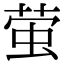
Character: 萤